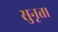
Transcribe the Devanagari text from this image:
सुनृता